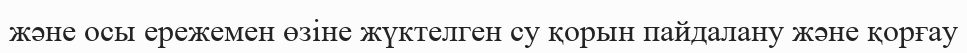
және осы ережемен өзіне жүктелген су қорын пайдалану және қорғау